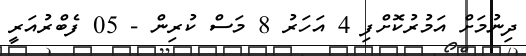
ދިނުމަށް އަމުރުކޮށްފި 4 އަހަރު 8 މަސް ކުރިން - 05 ފެބްރުއަރީ